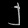
Digit: ၂